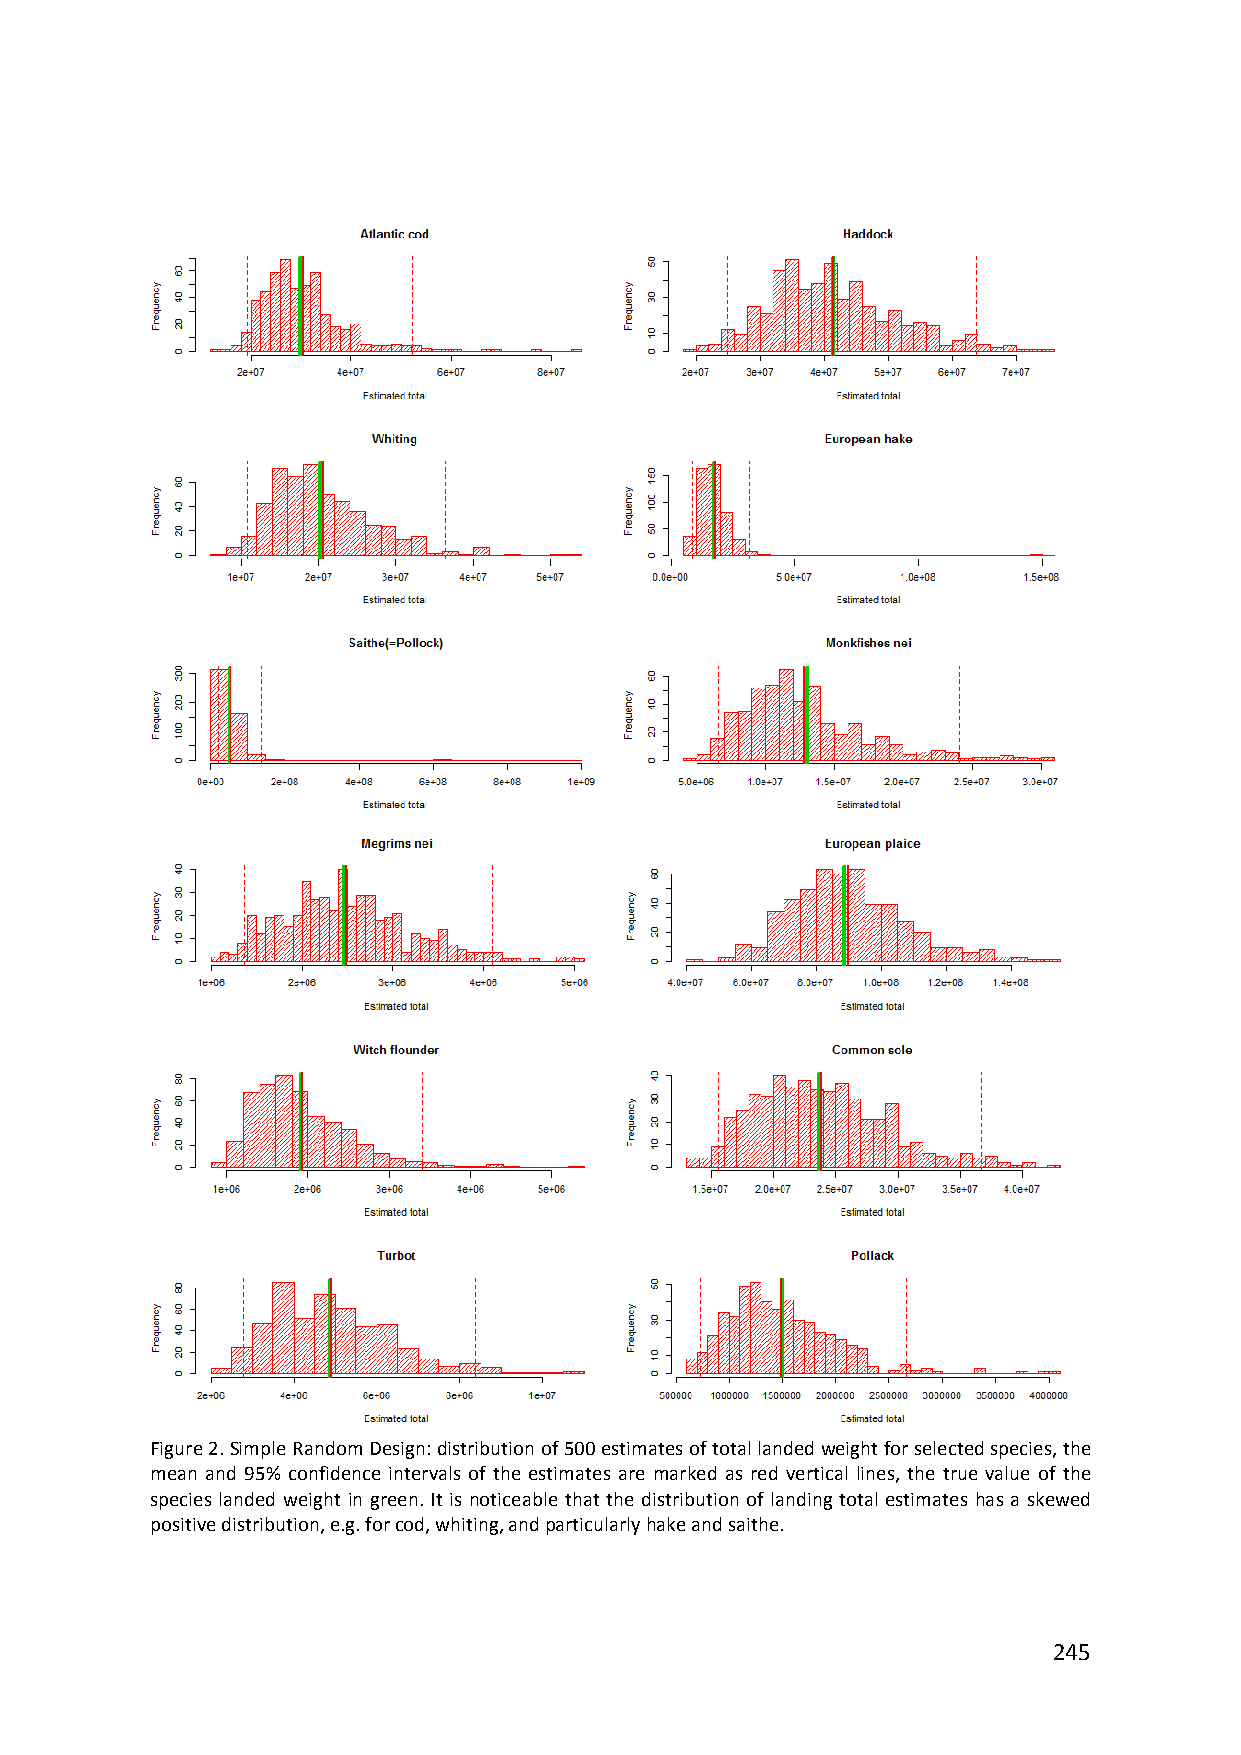
Figure 2. Simple Random Design: distribution of 500 estimates of total landed weight for selected species, the
 mean and 95% confidence intervals of the estimates are marked as red vertical lines, the true value of the
 species landed weight in green. It is noticeable that the distribution of landing total estimates has a skewed
 positive distribution, e.g. for cod, whiting, and particularly hake and saithe.
 245